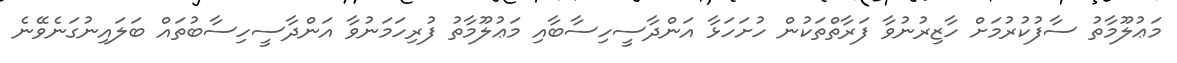
މަޢުލޫމާތު ސާފުކުރުމަށް ހާޒިރުނުވާ ފަރާތްތަކުން ހުށަހަޅާ އަންދާސީހިސާބާއި މަޢުލޫމާތު ފުރިހަމަނުވާ އަންދާސީހިސާބުތައް ބަލައިނުގަނެވޭނެ